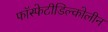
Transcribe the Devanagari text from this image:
फॉस्फेटीडिल्कोलीन